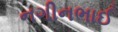
નગીનભાઈ